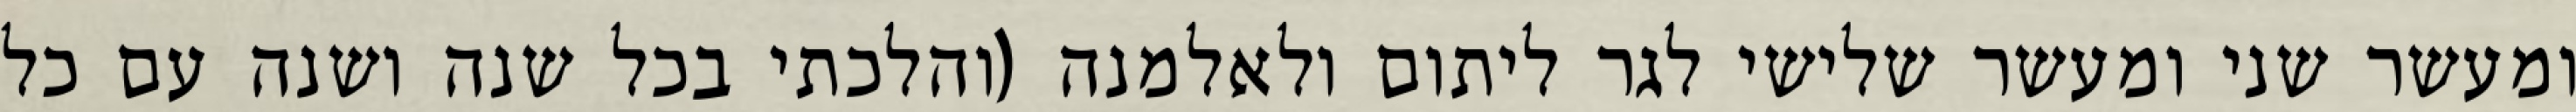
ומעשר שני ומעשר שלישי לגר ליתום ולאלמנה (והלכתי בכל שנה ושנה עם כל